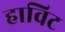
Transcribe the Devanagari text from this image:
हाविट